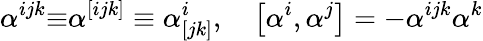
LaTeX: \alpha^{ijk}{\mathbf\equiv}\alpha^{[ijk]}\equiv\alpha_{[jk]}^{i}\textrm{,\quad}\left[\alpha^{i},\alpha^{j}\right]=-\alpha^{ijk}\alpha^{k}